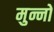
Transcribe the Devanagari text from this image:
मुन्नों